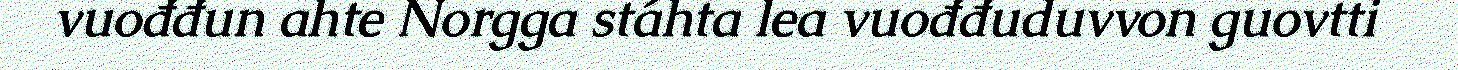
vuođđun ahte Norgga stáhta lea vuođđuduvvon guovtti